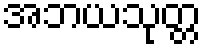
အဘယသုတ္တ